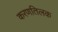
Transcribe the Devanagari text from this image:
करणतिलक